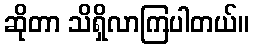
ဆိုတာ သိရှိလာကြပါတယ်။